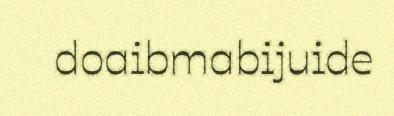
doaibmabijuide